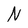
Character: N